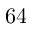
6 4